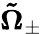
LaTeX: \boldsymbol{\tilde{\Omega}}_{\pm}